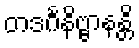
တဒင်္ဂနိဗ္ဗာနန္တိ